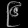
Digit: ၉